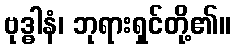
ဗုဒ္ဓါနံ၊ ဘုရားရှင်တို့၏။